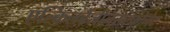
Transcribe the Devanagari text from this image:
एल्किलबेंजीनसल्फोनेट